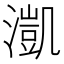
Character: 𣾚